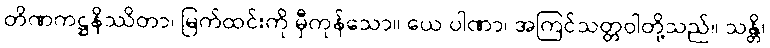
တိဏကဋ္ဌနိဿိတာ၊ မြက်ထင်းကို မှီကုန်သော။ ယေ ပါဏာ၊ အကြင်သတ္တဝါတို့သည်။ သန္တိ၊